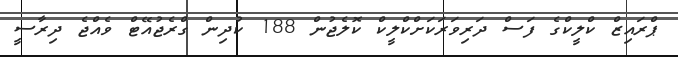
ޕްރައިޒް ކްލީކްގެ ފަސް ދަރިވަރަކަށްކްލީކް ކޮލެޖުން 188 ކުދިން ގްރެޖުއޭޓް ވެއްޖެ ދިރާސީ